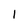
Character: I